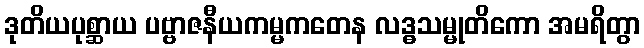
ဒုတိယပုစ္ဆာယ ပဗ္ဗာဇနီယကမ္မကတေန လဒ္ဓသမ္မုတိကော အမရိတွာ